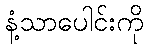
နံ့သာပေါင်းကို